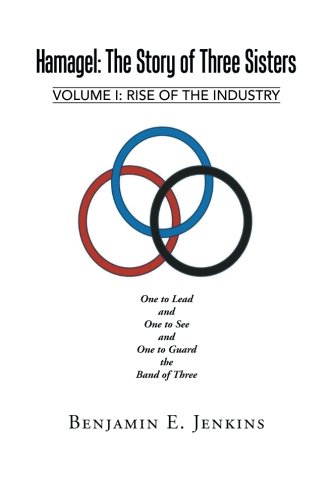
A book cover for Hamagel: The Story of Three Sisters: Volume I: Rise of the Industry; Benjamin E. Jenkins; Science Fiction & Fantasy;